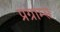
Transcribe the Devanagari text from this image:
प्रग्राम्स